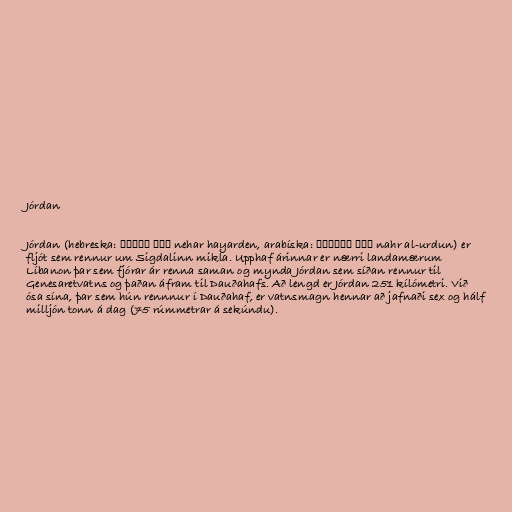
Jórdan

Jórdan (hebreska: נהר הירדן nehar hayarden, arabíska: نهر الأردن nahr al-urdun) er
fljót sem rennur um Sigdalinn mikla. Upphaf árinnar er nærri landamærum
Líbanon þar sem fjórar ár renna saman og mynda Jórdan sem síðan rennur til
Genesaretvatns og þaðan áfram til Dauðahafs. Að lengd er Jórdan 251 kílómetri. Við
ósa sína, þar sem hún rennnur í Dauðahaf, er vatnsmagn hennar að jafnaði sex og hálf
milljón tonn á dag (75 rúmmetrar á sekúndu).